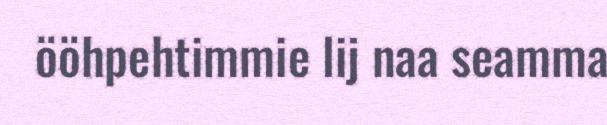
ööhpehtimmie lij naa seamma